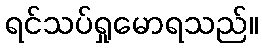
ရင်သပ်ရှုမောရသည်။